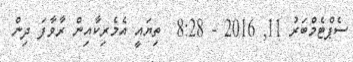
ސެޕްޓެމްބަރު 11